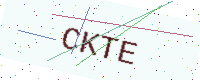
Text: CKTE